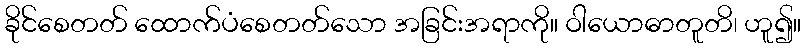
ခိုင်စေတတ် ထောက်ပံစေတတ်သော အခြင်းအရာကို။ ဝါယောဓာတူတိ၊ ဟူ၍။